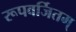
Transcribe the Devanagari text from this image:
रूपवर्जितम्